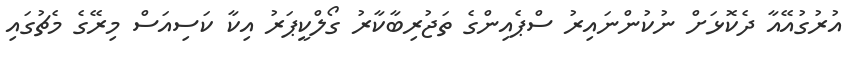
އުރުގުއޭއާ ދެކޮޅަށް ނުކުންނައިރު ސްޕެއިންގެ ތަޖުރިބާކާރު ގޯލްކީޕަރު އިކާ ކަސިއަސް މިރޭގެ މެޗުގައި